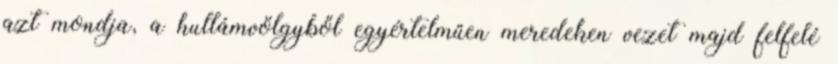
azt mondja, a hullámvölgyből egyértelműen meredeken vezet majd felfelé